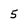
Character: 5